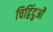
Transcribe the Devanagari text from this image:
चिद्विंदुओं